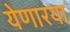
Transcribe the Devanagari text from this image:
येणारया